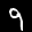
Label: 9